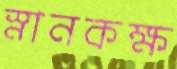
স্নানকক্ষ